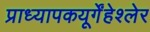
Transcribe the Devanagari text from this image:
प्राध्यापकयूर्गेंहेश्लेर